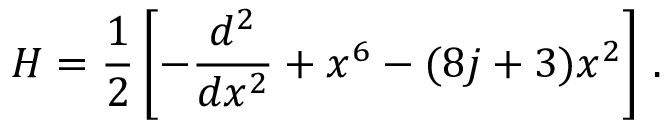
H = \frac { 1 } { 2 } \left[ - \frac { d ^ { 2 } } { d x ^ { 2 } } + x ^ { 6 } - ( 8 j + 3 ) x ^ { 2 } \right] \, .